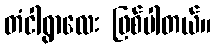
တံငါရွာလေး ဖြစ်ပါတယ်။